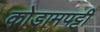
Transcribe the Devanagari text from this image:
कोडामपट्टी